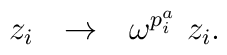
z_{i}\ \ \to \ \ \omega^{p^{a}_{i}}\ z_{i}.